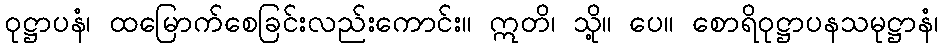
ဝုဋ္ဌာပနံ၊ ထမြောက်စေခြင်းလည်းကောင်း။ ဣတိ၊ သို့။ ပေ။ စောရိဝုဋ္ဌာပနသမုဋ္ဌာနံ၊